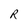
Character: R